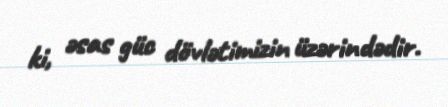
ki, əsas güc dövlətimizin üzərindədir.